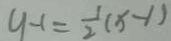
y - 1 = \frac { 1 } { 2 } ( x - 1 )